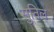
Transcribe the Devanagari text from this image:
सुतिल